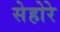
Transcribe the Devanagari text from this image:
सेहोरे